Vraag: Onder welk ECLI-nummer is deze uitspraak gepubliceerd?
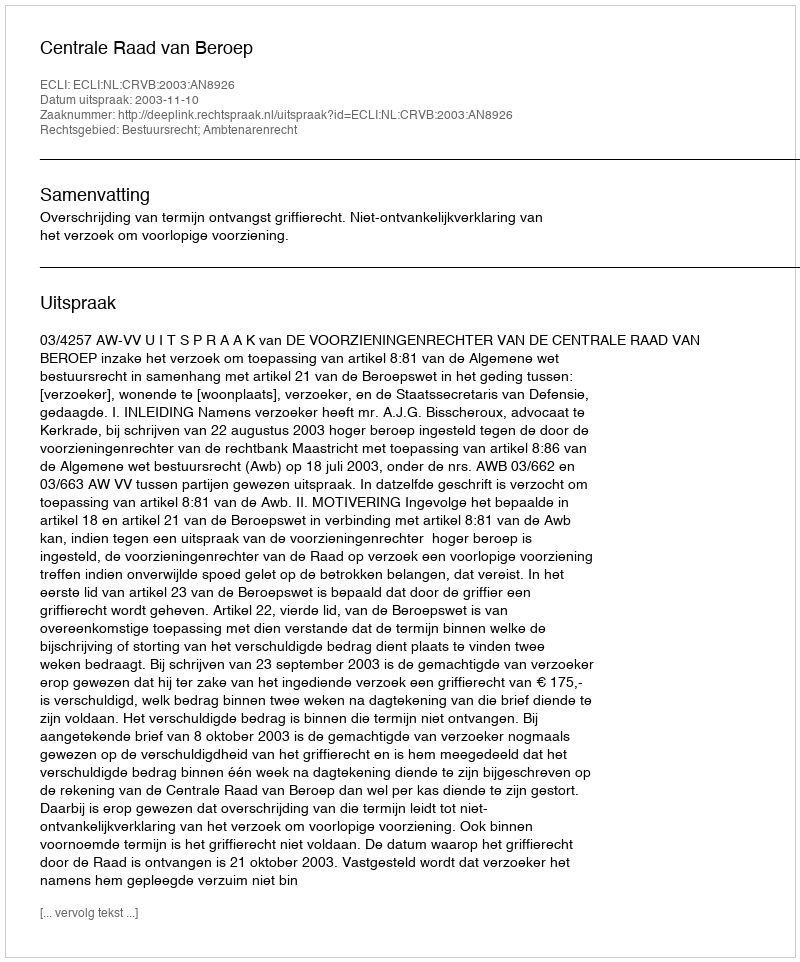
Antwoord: ECLI:NL:CRVB:2003:AN8926